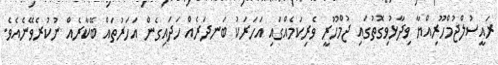
ރައީސުލްޖުމްހޫރިއްޔާ ވިދާޅުވިގޮތުގައި ޖުމްހޫރީ ވެރިކަމެއްގައި އަހަރަކު ބަނދަރެއް ހަދައިގެން އަހަރުތައް ބޭކާރެއް ނުކުރެވޭނެއެވެ.